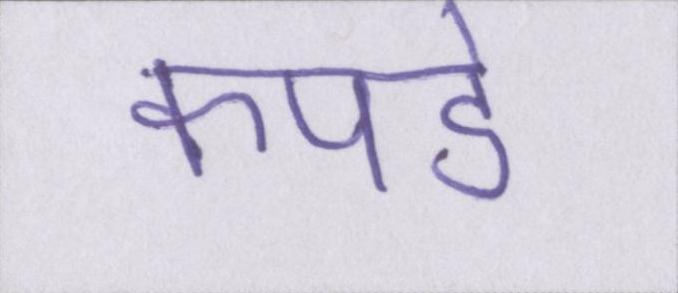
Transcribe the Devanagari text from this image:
कपडे